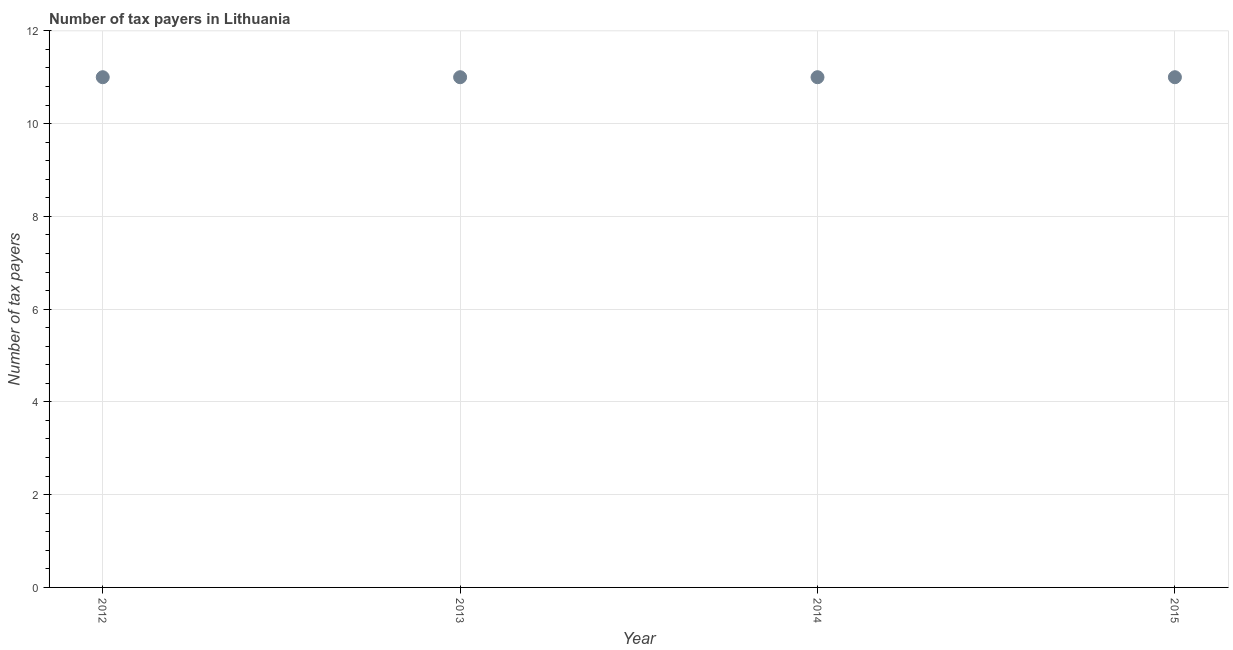
| Year | Tax payments |
 | --- | --- |
 | 2012 | 11 |
 | 2013 | 11 |
 | 2014 | 11 |
 | 2015 | 11 |